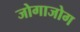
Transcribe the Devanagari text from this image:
जोगाजोग